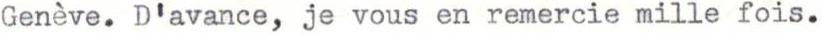
Genève. D'avance, je vous en remercie mille fois.